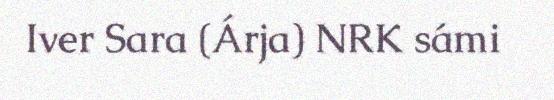
Iver Sara (Árja) NRK sámi